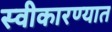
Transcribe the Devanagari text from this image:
स्‍वीकारण्‍यात